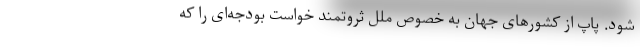
شود. پاپ از کشورهای جهان به خصوص ملل ثروتمند خواست بودجه‌ای را که